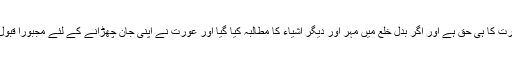
اگر بدل طلاق جس کو بدلِ خلع بھی کہتے ہیں ،میں صرف مہر طے ہوا تو بقیہ تمام چیزیں عورت کا ہی حق ہے اور اگر بدلِ خلع میں مہر اور دیگر اشیاء کا مطالبہ کیا گیا اور عورت نے اپنی جان چھڑانے کے لئے مجبوراً قبول کرلیا تو پھر مہر اور دیگر وہ اشیاء جو بدلِ خلع میں طے کی گئیں وہ شوہر کو دینی ہوں گی ۔